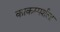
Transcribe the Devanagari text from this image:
काकस्पर्शला